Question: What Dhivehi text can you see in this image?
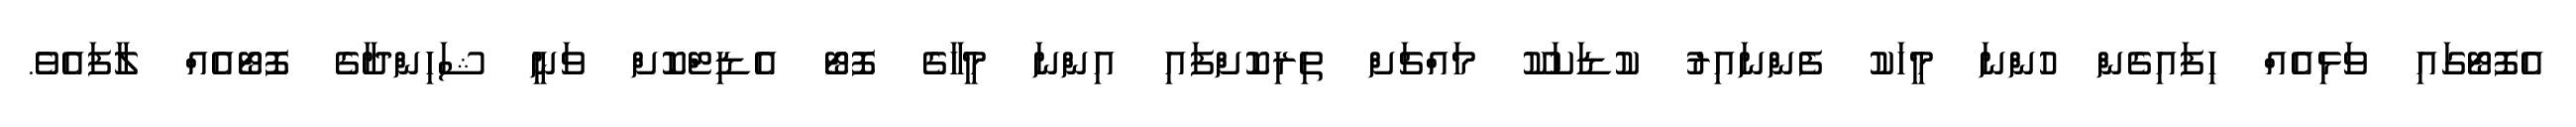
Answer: އެފޮޓޯގައި ވަޅިއެއް ހިފައިގެން ހުންނަ މީހަކު ފެންނައިރު ކުޑަކަކޫ މައްޗަށް ތިރިކޮށްފައި އިންނަ މީހާގެ ފޮޓޯ އެޑިޓްކޮށް ވަނީ ޝަހިންދާގެ ފޮޓޯއެއް ލާފައެވެ.